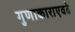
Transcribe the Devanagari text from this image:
गुणाकाराएवढे